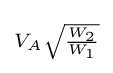
\scriptstyle V_{A}{\sqrt {W_{2} \over W_{1}}}